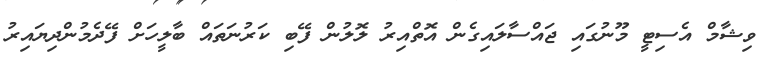
ވިޝާމް އެސިޓީ މޫނުގައި ޖައްސާލައިގެން އޮތްއިރު ލޮލުން ފޭބި ކަރުނަތައް ބާލީހަށް ފޭދެމުންދިޔައިރު